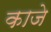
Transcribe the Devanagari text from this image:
काजे